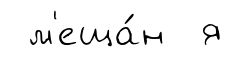
м'еща́н я